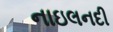
નાઇલનદી